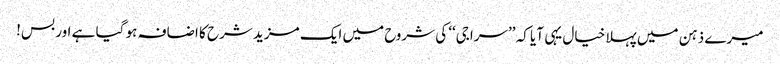
میرے ذہن میں پہلا خیال یہی آیا کہ ’’سراجی‘‘ کی شروح میں ایک مزید شرح کا اضافہ ہو گیا ہے اور بس!